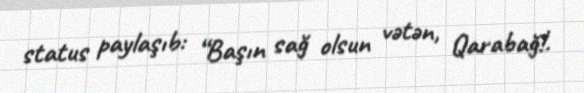
status paylaşıb: “Başın sağ olsun vətən, Qarabağ!.